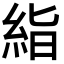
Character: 𥿻